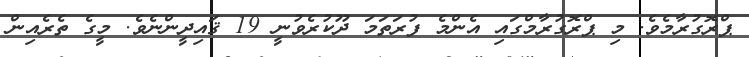
ޕްރޮގުރާމެވެ. މި ޕްރޮގުރާމްގައި އެންމެ ފުރަތަމަ ދޫކުރެވުނީ 19 ޤައިދީންނެވެ. މީގެ ތެރެއިން